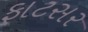
ફાટસર